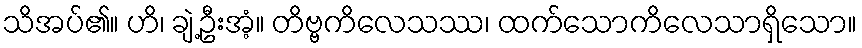
သိအပ်၏။ ဟိ၊ ချဲ့ဦးအံ့။ တိဗ္ဗကိလေသဿ၊ ထက်သောကိလေသာရှိသော။